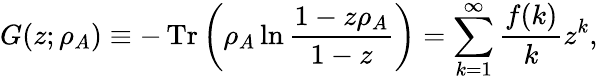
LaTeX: G(z;\rho_{A})\equiv-\operatorname{Tr}\bigg(\rho_{A}\ln\frac{1-z\rho_{A}}{1-z}\bigg)=\sum_{k=1}^{\infty}\frac{f(k)}{k}z^{k},